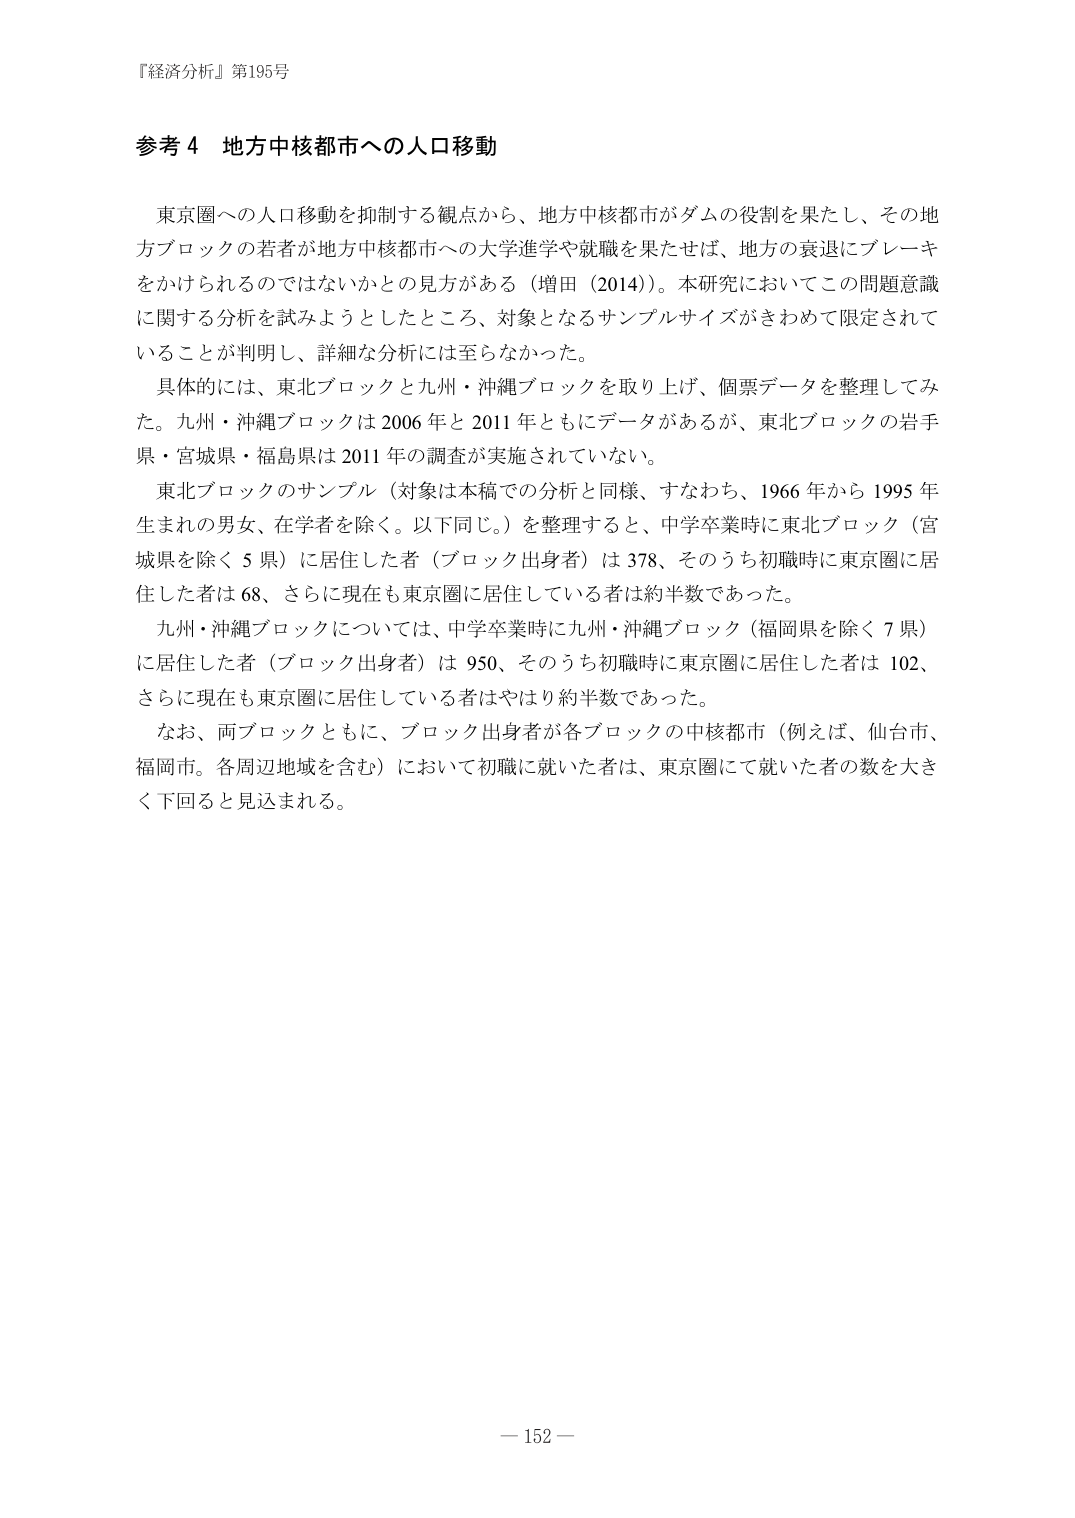
『経済分析』第195号

参考４ 地方中核都市への人口移動

　東京圏への人口移動を抑制する観点から、地方中核都市がダムの役割を果たし、その地方ブロックの若者が地方中核都市への大学進学や就職を果たせば、地方の衰退にブレーキをかけられるのではないかとの見方がある（増田（2014））。本研究においてこの問題意識に関する分析を試みようとしたところ、対象となるサンプルサイズがきわめて限定されていることが判明し、詳細な分析には至らなかった。

　具体的には、東北ブロックと九州・沖縄ブロックを取り上げ、個票データを整理してみた。九州・沖縄ブロックは2006年と2011年ともにデータがあるが、東北ブロックの岩手県・宮城県・福島県は2011年の調査が実施されていない。

　東北ブロックのサンプル（対象は本稿での分析と同様、すなわち、1966年から1995年生まれの男女、在学者を除く。以下同じ。）を整理すると、中学卒業時に東北ブロック（宮城県を除く5県）に居住した者（ブロック出身者）は378、そのうち初職時に東京圏に居住した者は68、さらに現在も東京圏に居住している者は約半数であった。

　九州・沖縄ブロックについては、中学卒業時に九州・沖縄ブロック（福岡県を除く7県）に居住した者（ブロック出身者）は950、そのうち初職時に東京圏に居住した者は102、さらに現在も東京圏に居住している者はやはり約半数であった。

　なお、両ブロックともに、ブロック出身者が各ブロックの中核都市（例えば、仙台市、福岡市。各周辺地域を含む）において初職に就いた者は、東京圏にて就いた者の数を大きく下回ると見込まれる。

— 152 —